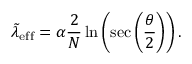
\tilde { \lambda } _ { \mathrm { e f f } } = \alpha \frac { 2 } { N } \ln \left( \sec \left( \frac { \theta } { 2 } \right) \right) .